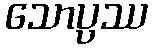
သောပ္ပဿ